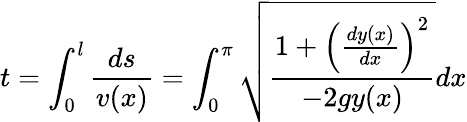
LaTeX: t=\int_{0}^{l}\frac{ds}{v(x)}=\int_{0}^{\pi}\sqrt{\frac{1+\left(\frac{dy(x)}{dx}\right)^{2}}{-2gy(x)}}dx